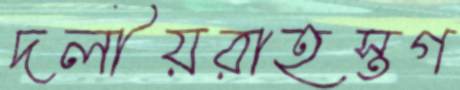
দলীয়রাহস্তগ